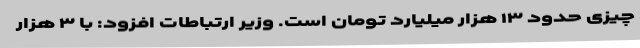
چیزی حدود ۱۳ هزار میلیارد تومان است. وزیر ارتباطات افزود: با ۳ هزار